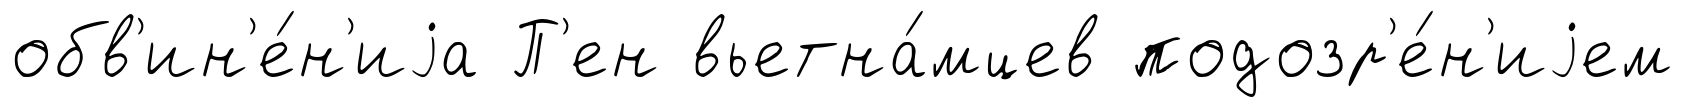
обв'ин'е́н'иjа П'ен вьетна́мцев подозр'е́н'иjем